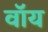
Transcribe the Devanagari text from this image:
वॉय